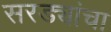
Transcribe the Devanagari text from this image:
सरड्यांचा